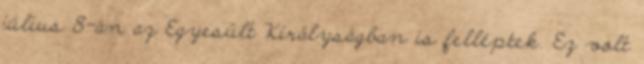
július 8-án az Egyesült Királyságban is felléptek. Ez volt